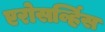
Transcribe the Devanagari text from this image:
एरोसर्व्हिस